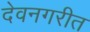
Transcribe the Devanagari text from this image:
देवनगरीत